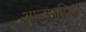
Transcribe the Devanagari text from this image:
आजमायिश